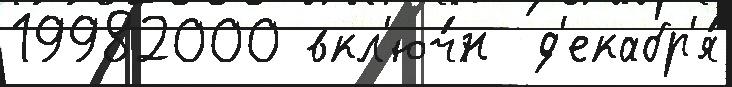
19982000 вкл'юч́н  д'екабр'я́